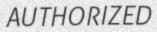
AUTHORIZED